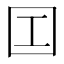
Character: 𡆬